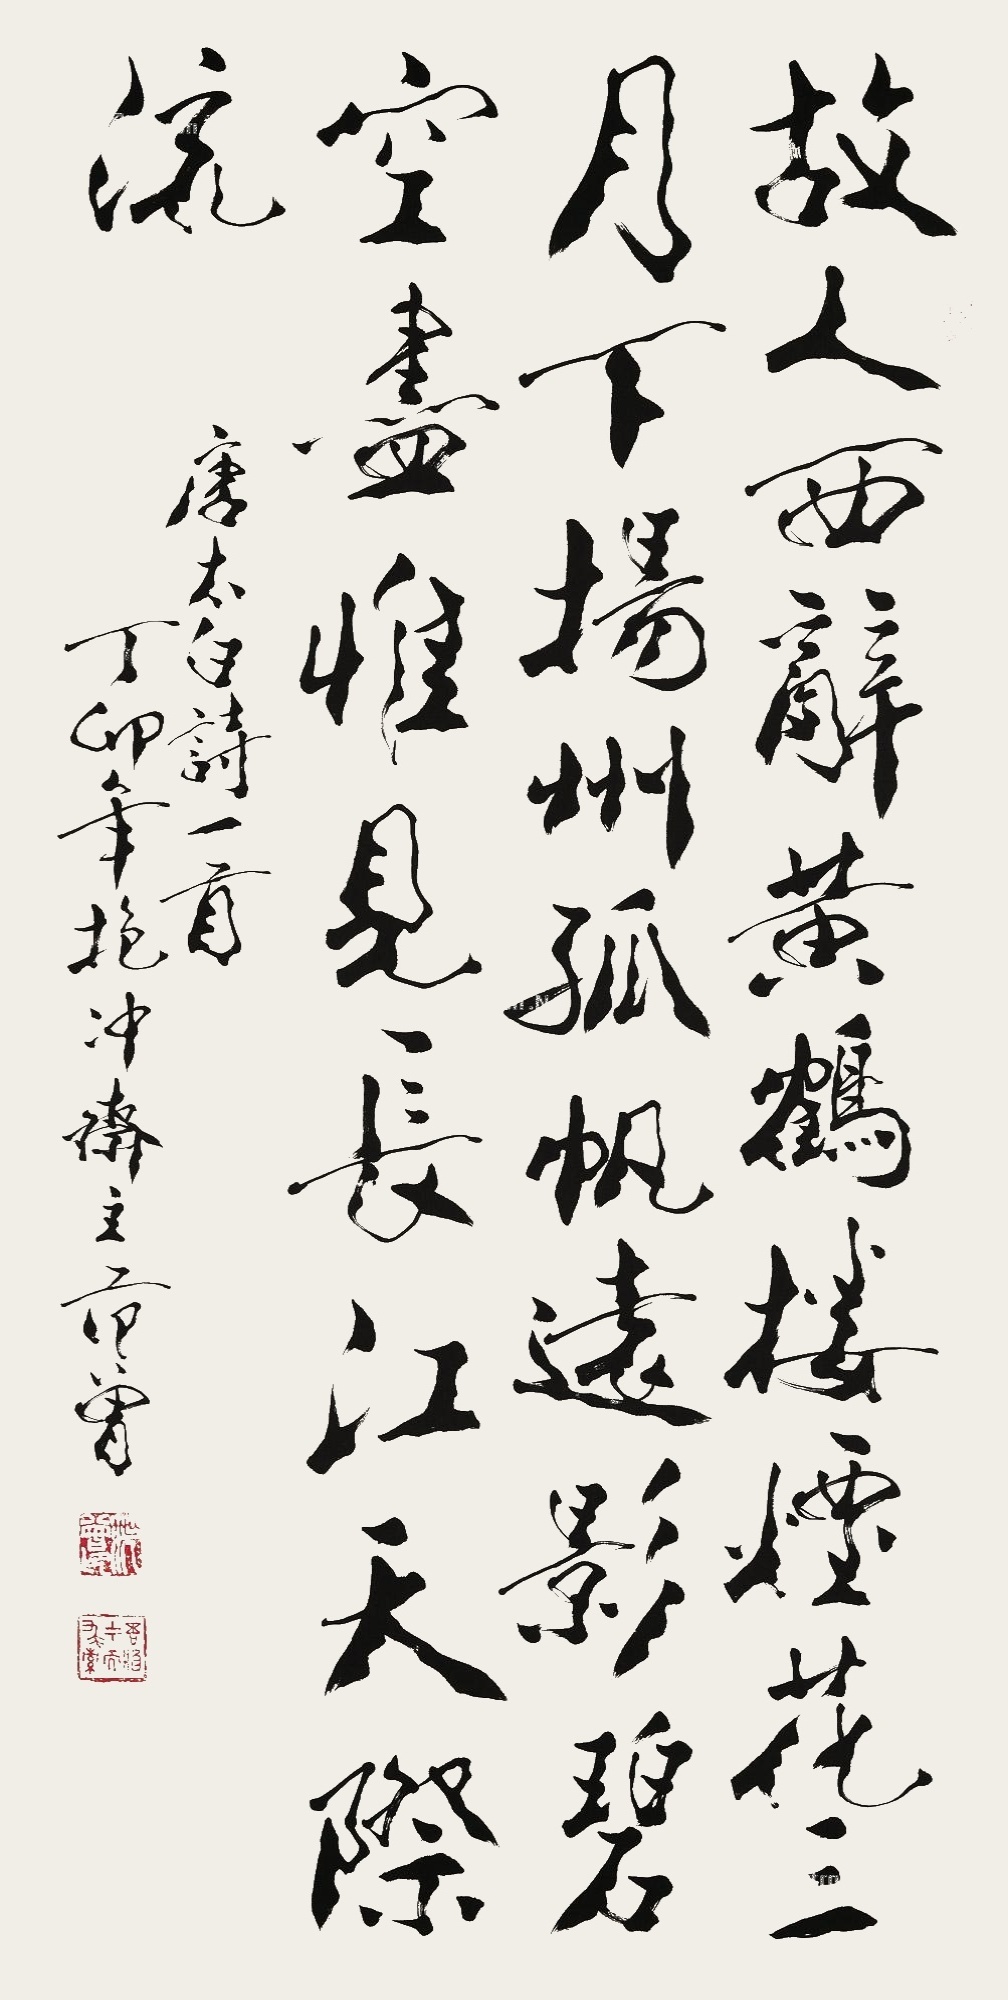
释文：故人西辞黄鹤楼，烟花三月下扬州。孤帆远影碧空尽，唯见长江天际流。唐太白诗一首，丁卯年抱冲斋主范曾。